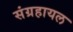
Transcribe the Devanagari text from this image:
संग्रहायल